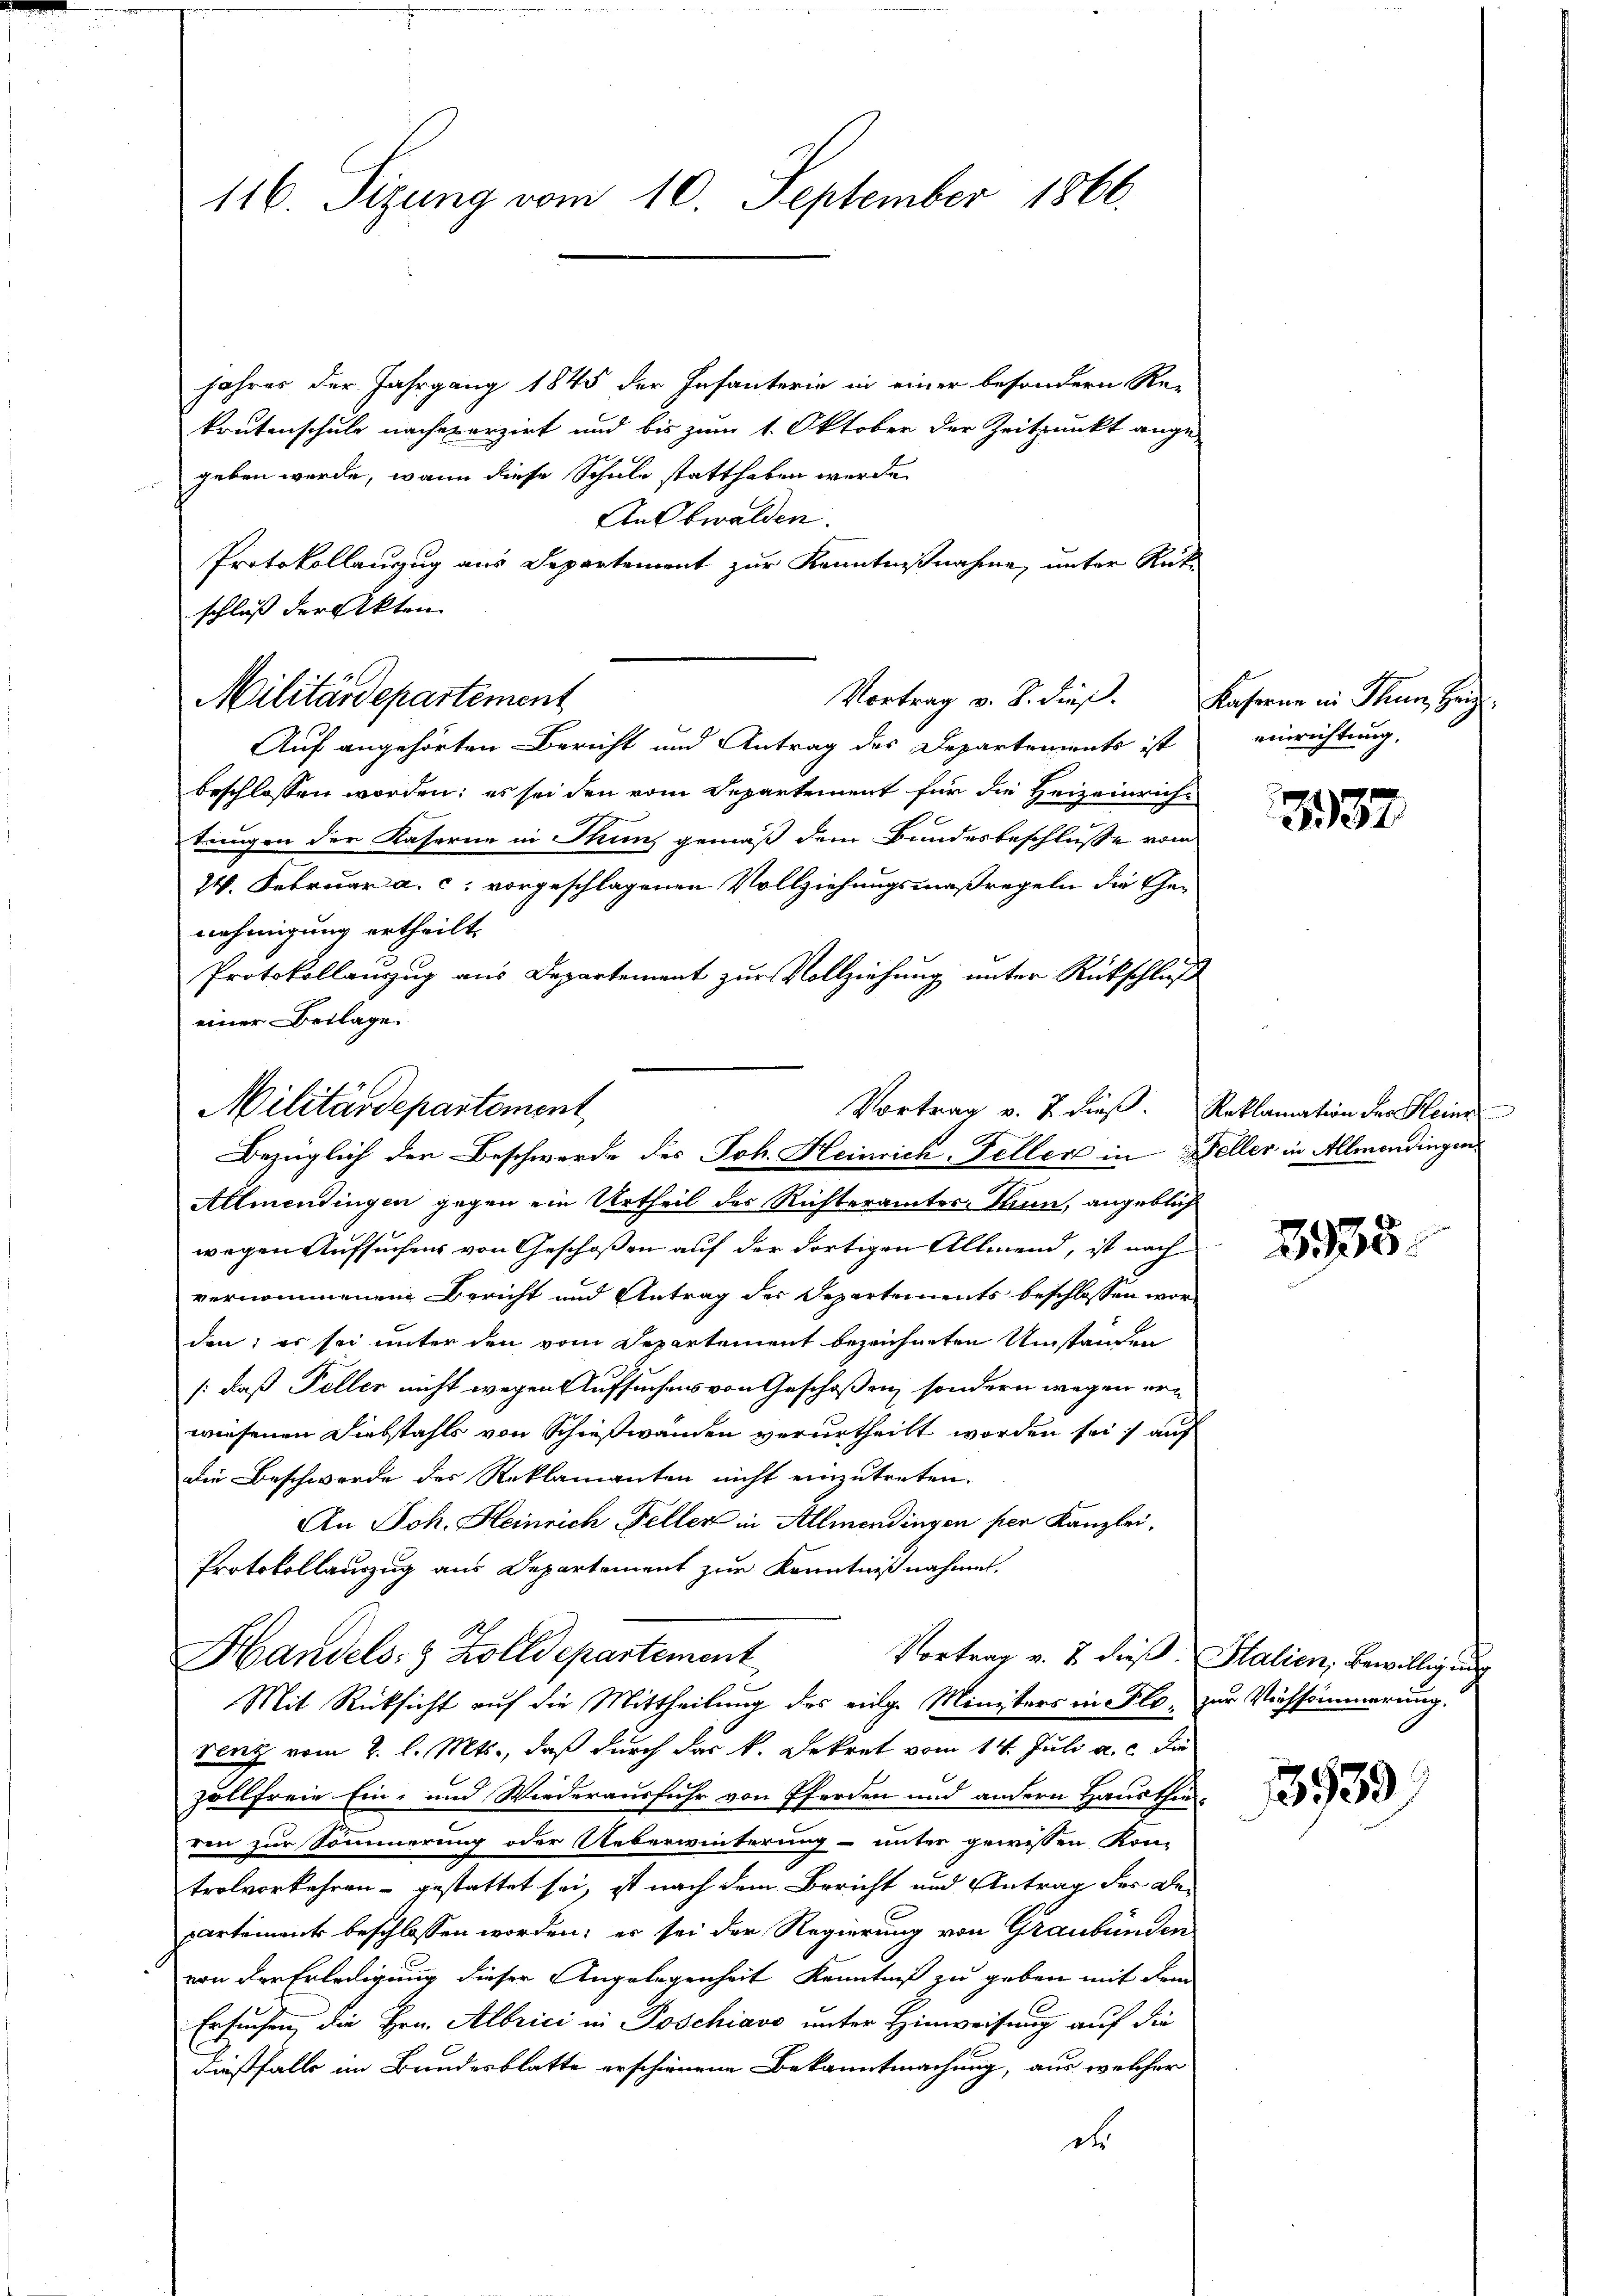
116. Sizung vom 10. September 1866.

schluß der Akten
Militärdepartement

Jahres der Jahrgang 1845 der Infanterie in einer besondern Re-
krutenschule nachererzirt und bis zum 1. Oktober der Zeitpunkt ange-
geben werde, wann diese Schule statthaben werde.
AnObwalden.
Protokollauzug aus Departement zur Kenntnißnahme, unter Rück-
Vortrag v. B. dieß.
Auf angehörten Bericht und Antrag des Departements ist
beschlossen worden; es sei den vom Departement für die Heizeinricht
tungen der Kaserne in Thuns gemäß dem Bundesbeschlusse vom
W. Februar a. c. vorgeschlagenen Vollziehungsmaßregeln die Genehmigung ertheilt.
Protokollauszug aus Departement zur Vollziehung unter Rückschluß
Allmendingen gegen ein Urtheil des Richteramter, Thun, angeblich
wegen Aufsuchens von Geschoßen auf der dortigen Allmend, ist nach
vernommenen Bericht und Antrag der Departements beschlossen worden; es sei unter den vom Departement bezeichneten Umständen
/: daß Feller nicht wegen Aufsuchens von Geschoßen, sondern wegen erwiesenen Diebstahls von Schießwanden verurtheilt worden sei; auf
die Beschwerde des Reklamanten nicht einzutreten.
An Joh. Heinrich Feller in Allmendingen per Kanzlei,
Protokollauszug aus Departement zur Kenntnißnahme.
Handels: 3 Zolldepartement
Vortrag v. 2. dieß. Stalien, Bewilligung
Mit Rücksicht auf die Mittheilung des einge Ministers in Flo, zur Vichsammerung.
venz vom 2. l. Mts., daß durch das k. Dekret vom 14. Juli a. c. die
zollfreie Ein- und Wiederausfuhr von Pferden und andern Hausthi-
ren zur Sommerung oder Ueberwinterung unter gewissen Kon-
trolvorkehren - gestattet sei, ist nach dem Bericht und Antrag der Be-
partements beschlossen worden; er sei der Regierung von Graubünden
von der Erledigung dieser Angelegenheit Kenntniß zu geben mit dem
Ersuchen, die Hrn. Albrici in Poschiavo unter Hinweisung auf die
Dießfalls im Bundesblatte erschienene Bekanntmachung, aus welcher
de

einer Beilage.
Militärdepartement,
Vortrag v. 7. dieβ. Reklamation der Heinr
Bezüglich der Beschwerde des Joh. Heinrich-Feller in Keller in Allmendingen

Kaserne in Thun Herz
einrichtung.

3937

3938.

1939